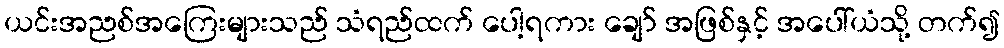
ယင်းအညစ်အကြေးများသည် သံရည်ထက် ပေါ့ရကား ချော် အဖြစ်နှင့် အပေါ်ယံသို့ တက်၍